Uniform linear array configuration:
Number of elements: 64
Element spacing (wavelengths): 0.25
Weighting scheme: uniform
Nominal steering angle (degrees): -30
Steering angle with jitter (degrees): -31.83
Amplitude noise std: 0.05
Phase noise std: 0.05

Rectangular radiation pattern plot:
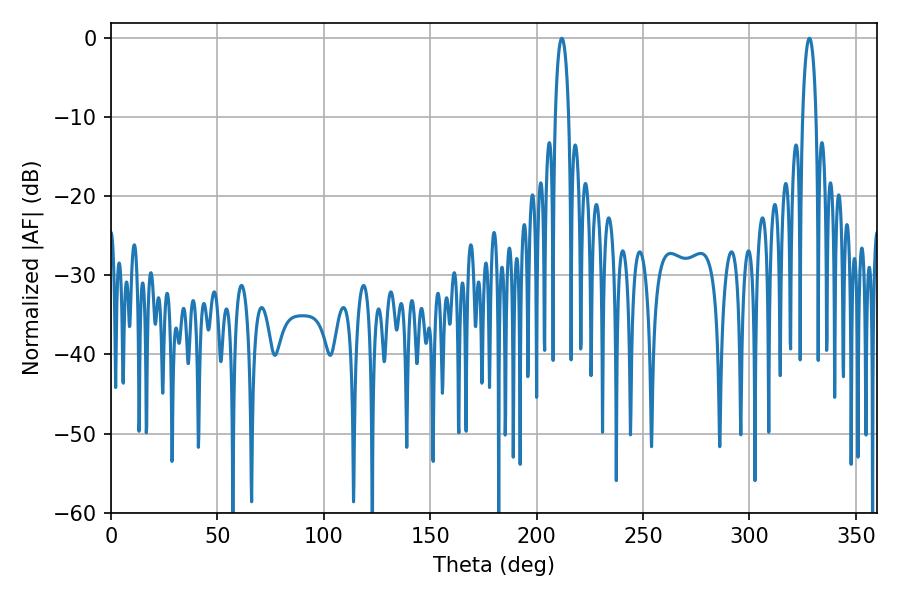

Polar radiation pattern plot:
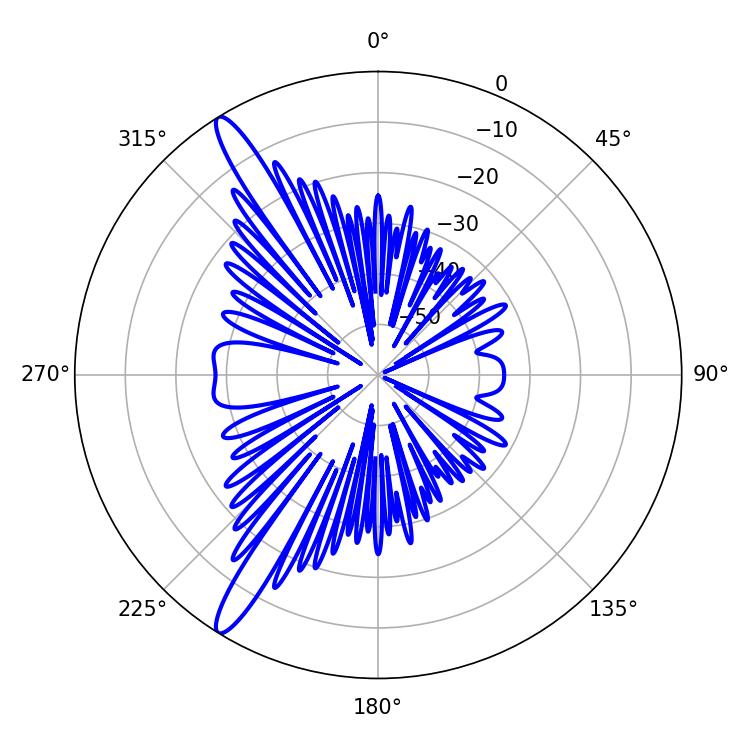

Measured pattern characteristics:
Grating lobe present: FALSE
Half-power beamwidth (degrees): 3.6
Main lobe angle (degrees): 211.86